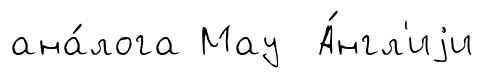
ана́лога Мау А́нгл'иjи